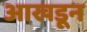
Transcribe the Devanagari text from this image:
आखडून